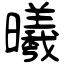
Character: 曦